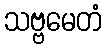
သဗ္ဗမေတံ